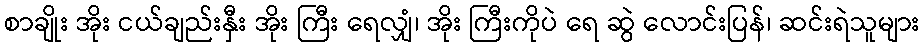
စာချိုး အိုး ငယ်ချည်းနှီး အိုး ကြီး ရေလျှံ၊ အိုး ကြီးကိုပဲ ရေ ဆွဲ လောင်းပြန်၊ ဆင်းရဲသူများ